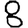
Digit: 8